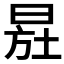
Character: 𣌷